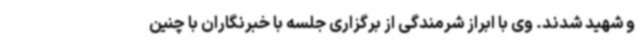
و شهید شدند. وی با ابراز شرمندگی از برگزاری جلسه با خبرنگاران با چنین